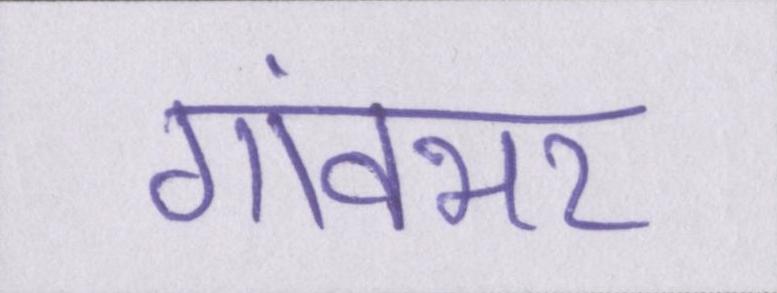
गांवभर